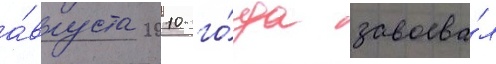
а́вгуста 2010 го́да завоева́л